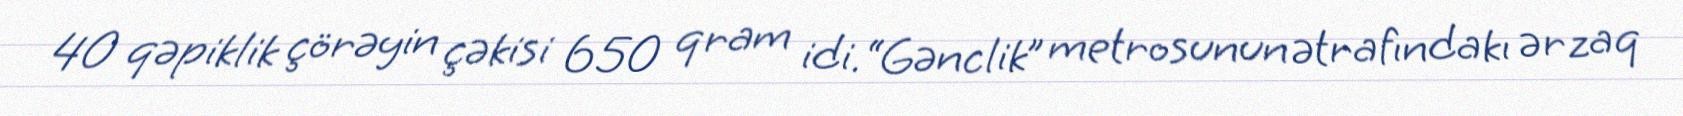
40 qəpiklik çörəyin çəkisi 650 qram idi.“Gənclik” metrosunun ətrafındakı ərzaq